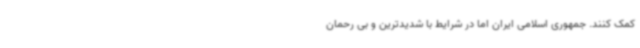
کمک کنند. جمهوری اسلامی ایران اما در شرایط با شدیدترین و بی رحمان